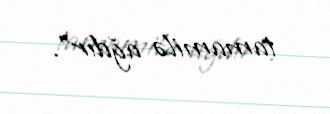
tamamilə ağdır".